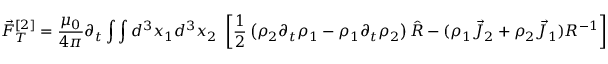
\vec { F } _ { T } ^ { [ 2 ] } = \frac { \mu _ { 0 } } { 4 \pi } \partial _ { t } \int \int d ^ { 3 } x _ { 1 } d ^ { 3 } x _ { 2 } ~ \left[ \frac { 1 } { 2 } \left( \rho _ { 2 } \partial _ { t } \rho _ { 1 } - \rho _ { 1 } \partial _ { t } \rho _ { 2 } \right) \hat { R } - ( \rho _ { 1 } \vec { J } _ { 2 } + \rho _ { 2 } \vec { J } _ { 1 } ) R ^ { - 1 } \right]